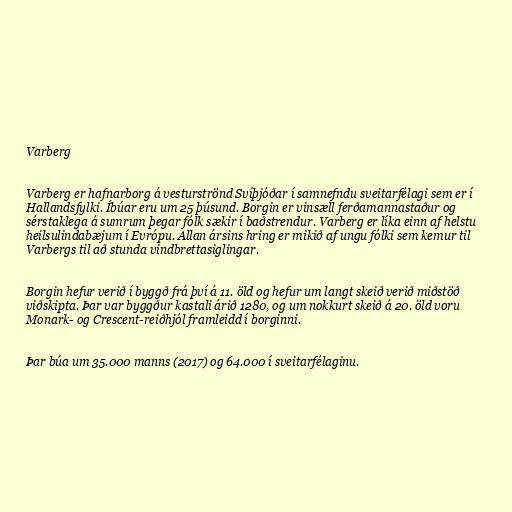
Varberg

Varberg er hafnarborg á vesturströnd Svíþjóðar í samnefndu sveitarfélagi sem er í
Hallandsfylki. Íbúar eru um 25 þúsund. Borgin er vinsæll ferðamannastaður og
sérstaklega á sumrum þegar fólk sækir í baðstrendur. Varberg er líka einn af helstu
heilsulindabæjum í Evrópu. Allan ársins hring er mikið af ungu fólki sem kemur til
Varbergs til að stunda vindbrettasiglingar.

Borgin hefur verið í byggð frá því á 11. öld og hefur um langt skeið verið miðstöð
viðskipta. Þar var byggður kastali árið 1280, og um nokkurt skeið á 20. öld voru
Monark- og Crescent-reiðhjól framleidd í borginni.

Þar búa um 35.000 manns (2017) og 64.000 í sveitarfélaginu.